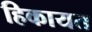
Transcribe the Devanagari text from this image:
हिकायत